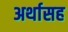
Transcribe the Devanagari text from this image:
अर्थासह